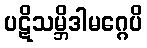
ပဋိသမ္ဘိဒါမဂ္ဂေပိ